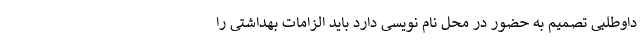
داوطلبی تصمیم به حضور در محل نام نویسی دارد باید الزامات بهداشتی را